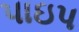
પાઇપ